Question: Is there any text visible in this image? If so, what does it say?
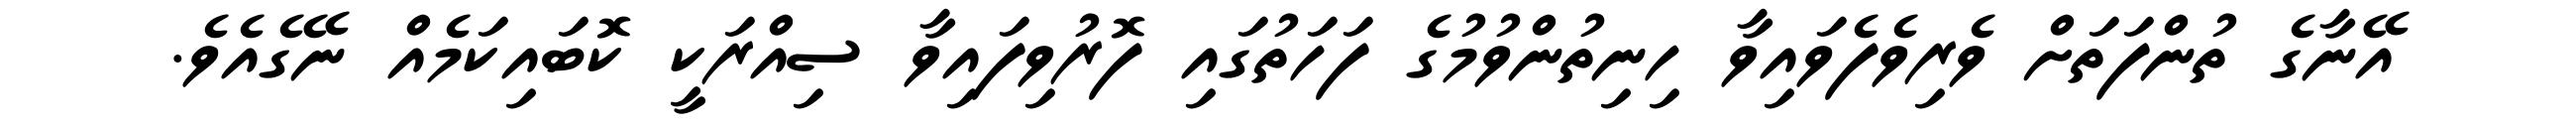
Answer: އޭނާގެ ތުންފަތަށް ވެރިވެފެވައިވާ ހިނިތުންވުމުގެ ފަހަތުގައި ފޮރުވިފައިވާ ސިއްރަކީ ކޮބައިކަމެއް ނޭގެއެވެ.